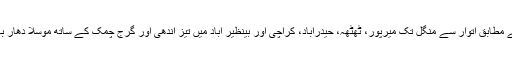
محکمہ موسمیات کے مطابق اتوار سے منگل تک میرپور، ٹھٹھہ، حیدرآباد، کراچی اور بینظیر آباد میں تیز آندھی اور گرج چمک کے ساتھ موسلا دھار بارشوں کا امکان ہے۔